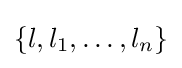
\{l,l_{1},\dots ,l_{n}\}